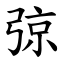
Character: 弶